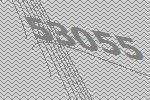
53055